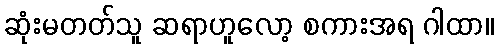
ဆုံးမတတ်သူ ဆရာဟူလော့ စကားအရ ဂါထာ။